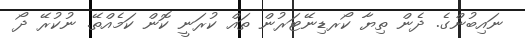
ނައިބުންގެ. ދެން ތިޔާ ކޯރޑިނޭޓަރުން ތައް ކުރަނީ ކޮން ކަމެއްތޭ. ނުކުރޭ ދޯ